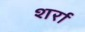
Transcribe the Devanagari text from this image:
शर्रा